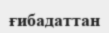
ғибадаттан